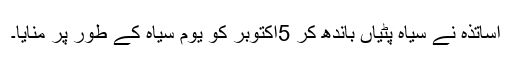
اساتذہ نے سیاہ پٹیاں باندھ کر 5اکتوبر کو یوم سیاہ کے طور پر منایا۔